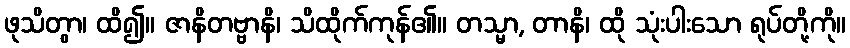
ဖုသိတွာ၊ ထိ၍။ ဇာနိတဗ္ဗာနိ၊ သိထိုက်ကုန်၏။ တသ္မာ, တာနိ၊ ထို သုံးပါးသော ရုပ်တို့ကို။